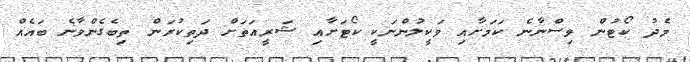
މެދު ކޯޓުން ވިސްނާނެ ކަމަށާއި ވަކީލުންނަކީ ކޯޓަށާއި ޝަރީއަތަށް ދަތިކުރަން ތިބެގެންވާނެ ބައެއް